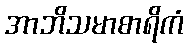
အာဘိသမာစာရိကံ